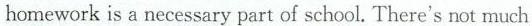
homework is a necessary part of school. There's not much